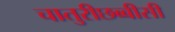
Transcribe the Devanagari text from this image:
चातुरीछब्बीसी